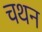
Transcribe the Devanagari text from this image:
चथन